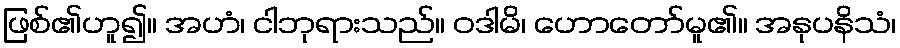
ဖြစ်၏ဟူ၍။ အဟံ၊ ငါဘုရားသည်။ ဝဒါမိ၊ ဟောတော်မူ၏။ အနုပနိသံ၊